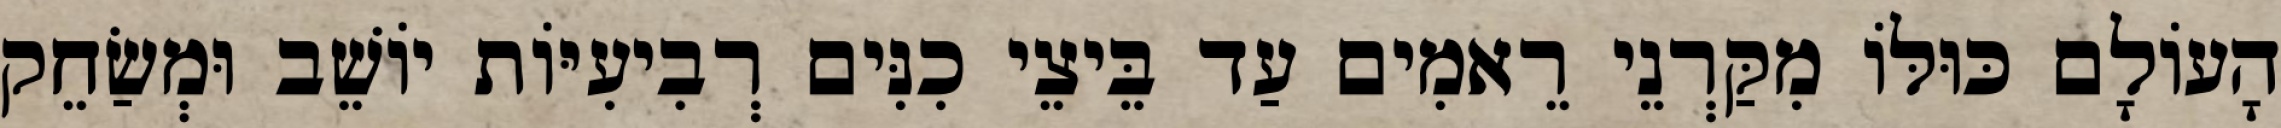
הָעוֹלָם כּוּלּוֹ מִקַּרְנֵי רֵאמִים עַד בֵּיצֵי כִנִּים רְבִיעִיּוֹת יוֹשֵׁב וּמְשַׂחֵק